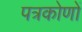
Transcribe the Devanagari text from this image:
पत्रकोणों